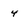
Character: 4